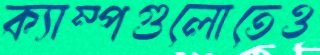
ক্যাম্পগুলোতেও